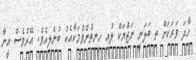
ހާދަ ވަރަކަށް ތި ބަލަނީ ނަޒްޔަކް ލުއި ހިނިތުންވުމަކާއެކު ބުނެލިއެވެ. އޭރުވެސް އީނާ